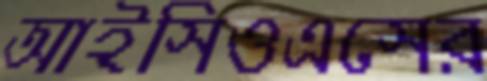
আইসিওএসের